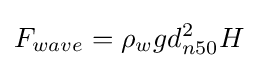
F_{wave}=\rho _{w}gd_{n50}^{2}H